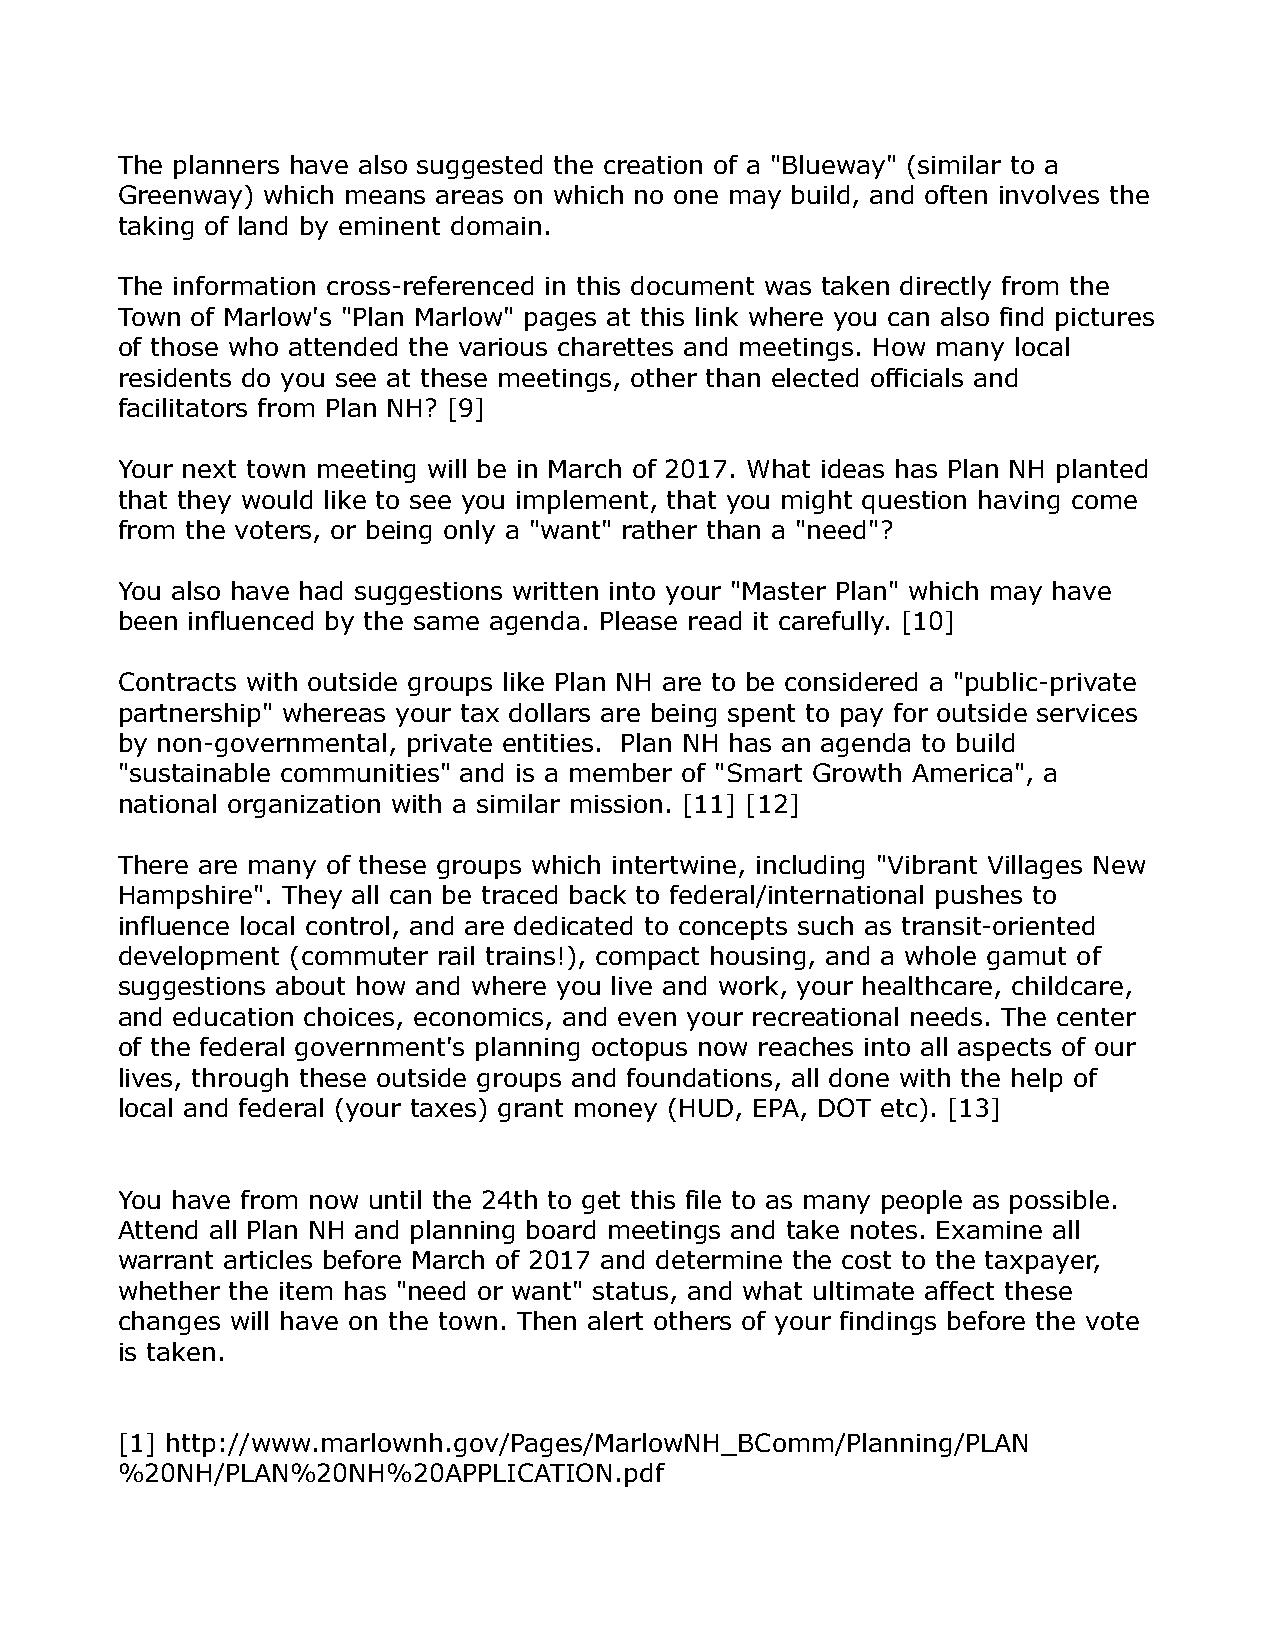
The planners have also suggested the creation of a "Blueway" (similar to a
 Greenway) which means areas on which no one may build, and often involves the
 taking of land by eminent domain.
 The information cross-referenced in this document was taken directly from the
 Town of Marlow's "Plan Marlow" pages at this link where you can also find pictures
 of those who attended the various charettes and meetings. How many local
 residents do you see at these meetings, other than elected officials and
 facilitators from Plan NH? [9]
 Your next town meeting will be in March of 2017. What ideas has Plan NH planted
 that they would like to see you implement, that you might question having come
 from the voters, or being only a "want" rather than a "need"?
 You also have had suggestions written into your "Master Plan" which may have
 been influenced by the same agenda. Please read it carefully. [10]
 Contracts with outside groups like Plan NH are to be considered a "public-private
 partnership" whereas your tax dollars are being spent to pay for outside services
 by non-governmental, private entities. Plan NH has an agenda to build
 "sustainable communities" and is a member of "Smart Growth America", a
 national organization with a similar mission. [11] [12]
 There are many of these groups which intertwine, including "Vibrant Villages New
 Hampshire". They all can be traced back to federal/international pushes to
 influence local control, and are dedicated to concepts such as transit-oriented
 development (commuter rail trains!), compact housing, and a whole gamut of
 suggestions about how and where you live and work, your healthcare, childcare,
 and education choices, economics, and even your recreational needs. The center
 of the federal government's planning octopus now reaches into all aspects of our
 lives, through these outside groups and foundations, all done with the help of
 local and federal (your taxes) grant money (HUD, EPA, DOT etc). [13]
 You have from now until the 24th to get this file to as many people as possible.
 Attend all Plan NH and planning board meetings and take notes. Examine all
 warrant articles before March of 2017 and determine the cost to the taxpayer,
 whether the item has "need or want" status, and what ultimate affect these
 changes will have on the town. Then alert others of your findings before the vote
 is taken.
 [1] http://www.marlownh.gov/Pages/MarlowNH_BComm/Planning/PLAN
 %20NH/PLAN%20NH%20APPLICATION.pdf